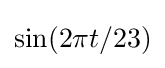
\sin(2\pi t/23)